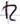
Text: R